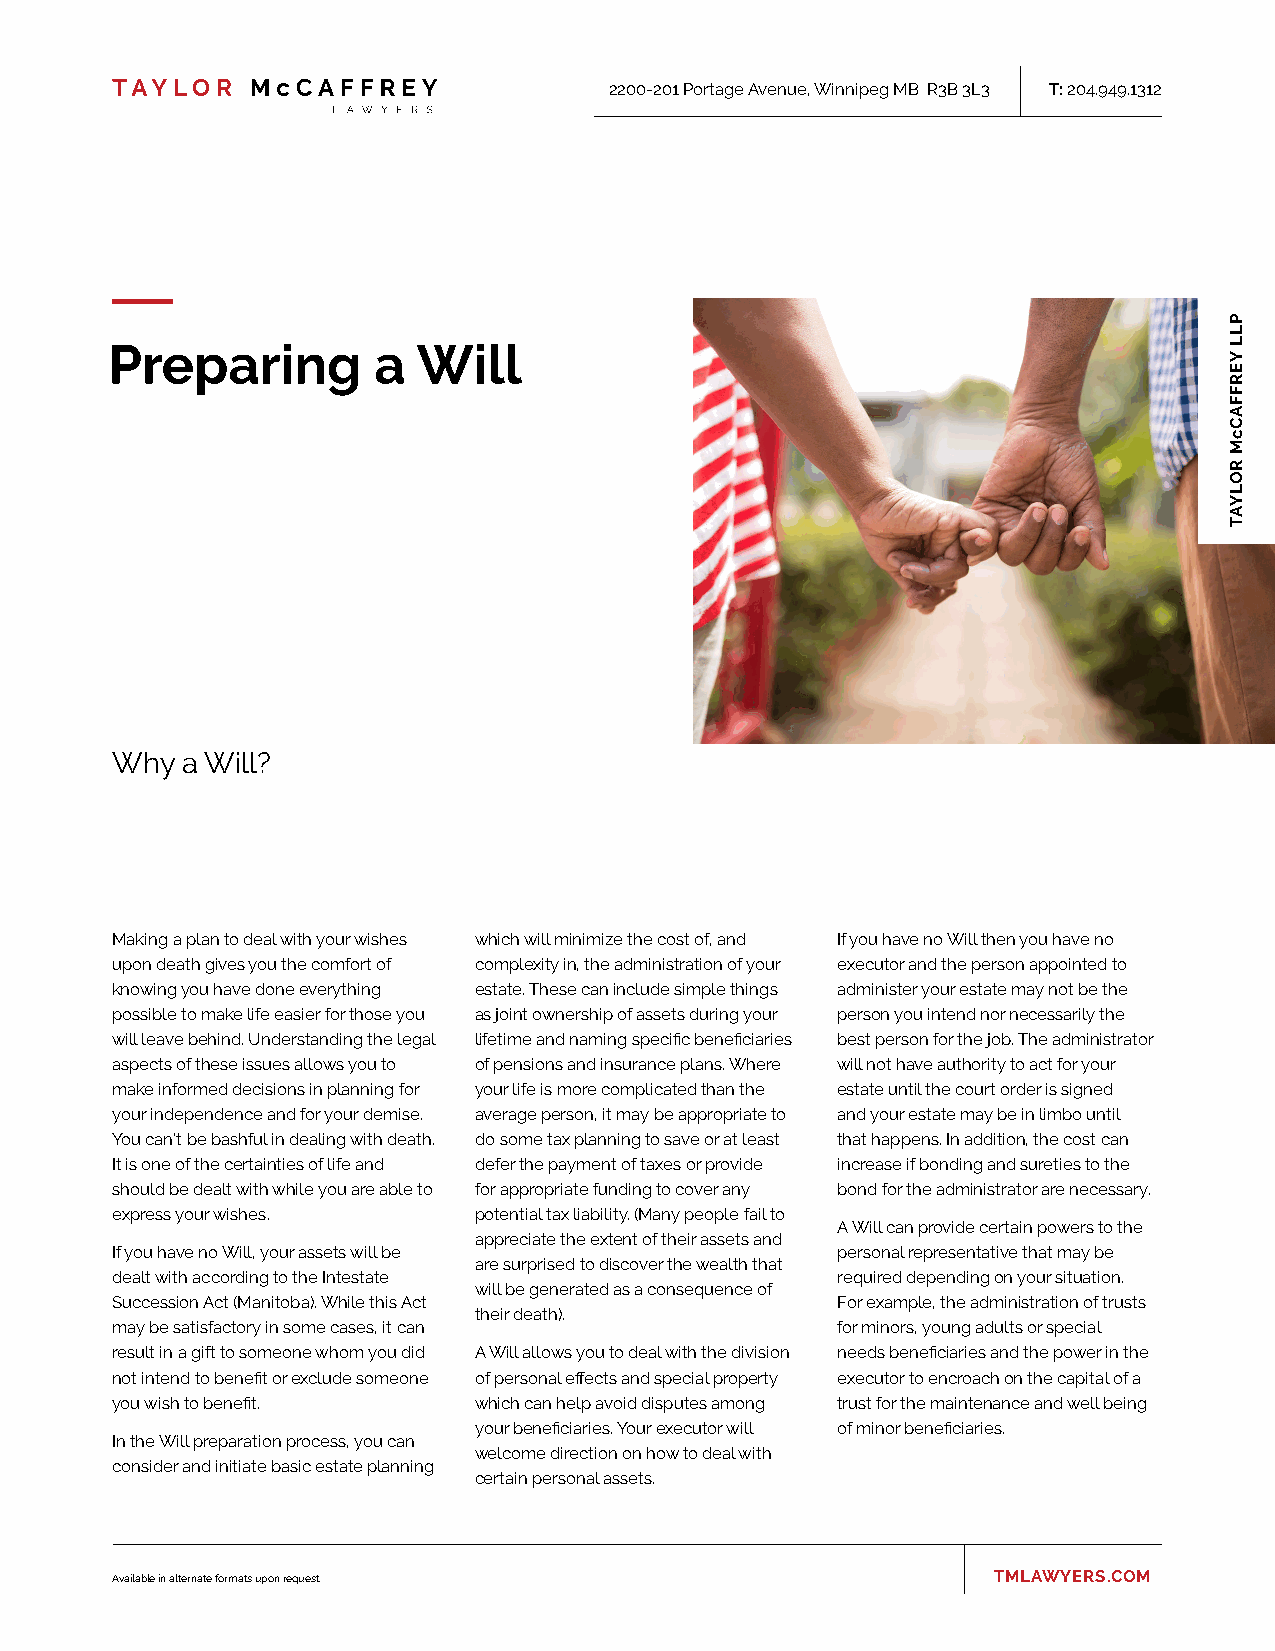
2200-201 Portage Avenue, Winnipeg MB R3B 3L3 T: 204.949.1312
 Preparing         a  Will
 Why  a Will?
 Making a plan to deal with your wishes which will minimize the cost of, and If you have no Will then you have no
 upon death gives you the comfort of complexity in, the administration of your executor and the person appointed to
 knowing you have done everything estate. These can include simple things administer your estate may not be the
 possible to make life easier for those you as joint ownership of assets during your person you intend nor necessarily the
 will leave behind. Understanding the legal lifetime and naming specific beneficiaries best person for the job. The administrator
 aspects of these issues allows you to of pensions and insurance plans. Where will not have authority to act for your
 make informed decisions in planning for your life is more complicated than the estate until the court order is signed
 your independence and for your demise. average person, it may be appropriate to and your estate may be in limbo until
 You can’t be bashful in dealing with death. do some tax planning to save or at least that happens. In addition, the cost can
 It is one of the certainties of life and defer the payment of taxes or provide increase if bonding and sureties to the
 should be dealt with while you are able to for appropriate funding to cover any bond for the administrator are necessary.
 express your wishes.    potential tax liability. (Many people fail to
 A Will can provide certain powers to the
 appreciate the extent of their assets and
 If you have no Will, your assets will be        personal representative that may be
 are surprised to discover the wealth that
 dealt with according to the Intestate           required depending on your situation.
 will be generated as a consequence of
 Succession Act (Manitoba). While this Act       For example, the administration of trusts
 their death).
 may be satisfactory in some cases, it can       for minors, young adults or special
 result in a gift to someone whom you did A Will allows you to deal with the division needs beneficiaries and the power in the
 not intend to benefit or exclude someone of personal effects and special property executor to encroach on the capital of a
 you wish to benefit.    which can help avoid disputes among trust for the maintenance and well being
 your beneficiaries. Your executor will of minor beneficiaries.
 In the Will preparation process, you can
 welcome direction on how to deal with
 consider and initiate basic estate planning
 certain personal assets.
 Available in alternate formats upon request.               TMLAWYERS.COM
 PLL
 YERFFACcM
 ROLYAT